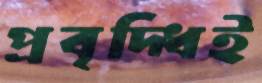
প্রবৃদ্ধিই